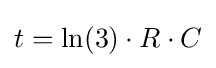
t=\ln(3)\cdot R\cdot C